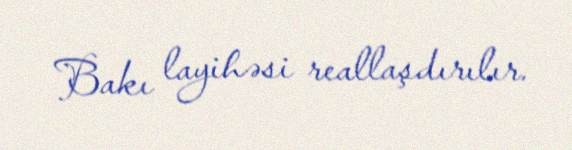
Bakı layihəsi reallaşdırılır.